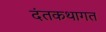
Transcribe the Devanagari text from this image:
दंतकथागत